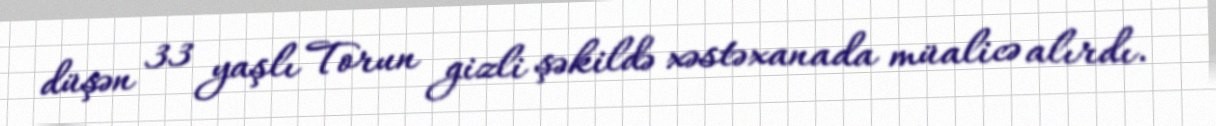
düşən 33 yaşlı Torun gizli şəkildə xəstəxanada müalicə alırdı.